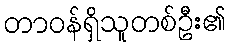
တာဝန်ရှိသူတစ်ဦး၏